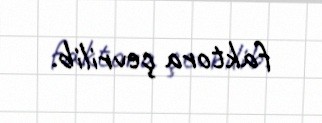
faktora çevrilib.